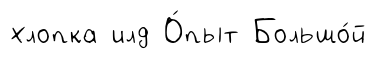
хлопка илд О́пыт Большо́й